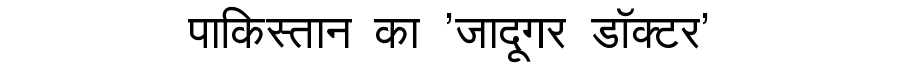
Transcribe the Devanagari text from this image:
पाकिस्तान का 'जादूगर डॉक्टर'